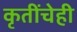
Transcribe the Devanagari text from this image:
कृतींचेही